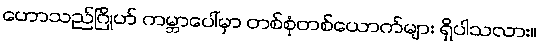
ဟောသည်ဂြိုဟ် ကမ္ဘာပေါ်မှာ တစ်စုံတစ်ယောက်များ ရှိပါသလား။